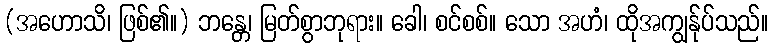
(အဟောသိ၊ ဖြစ်၏။) ဘန္တေ၊ မြတ်စွာဘုရား။ ခေါ၊ စင်စစ်။ သော အဟံ၊ ထိုအကျွန်ုပ်သည်။